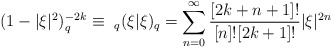
\begin{align*}(1-|\xi|^2)^{-2k}_q\equiv\ _q(\xi|\xi)_q=\sum\limits^\infty_{n=0}\frac{[2k+n+1]!}{[n]![2k+1]!}|\xi|^{2n}\end{align*}